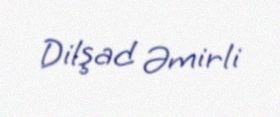
Dilşad Əmirli